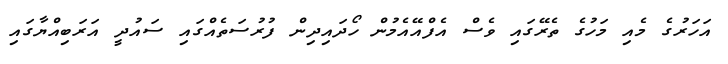
އަހަރުގެ މެއި މަހުގެ ތެރޭގައި ވެސް އެފްއޭއެމުން ހޯދައިދިން ފުރުސަތެއްގައި ސައުދީ އަރަބިއްޔާގައި